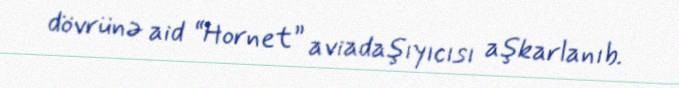
dövrünə aid “Hornet” aviadaşıyıcısı aşkarlanıb.